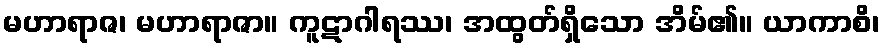
မဟာရာဇ၊ မဟာရာဇာ။ ကူဋာဂါရဿ၊ အထွတ်ရှိသော အိမ်၏။ ယာကာစိ၊